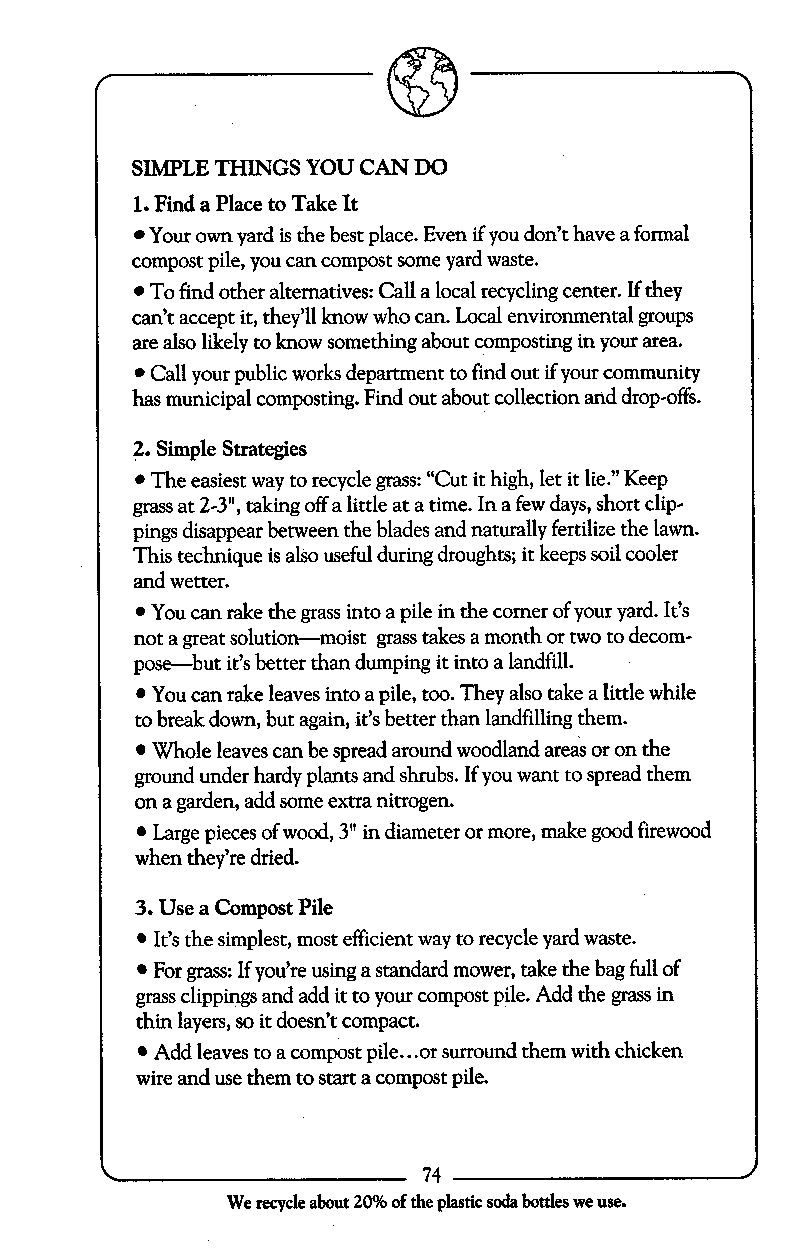
SIMF’LE THINGS YOU CAN DO
 1. Find a Place to Take It
 Your own yard is the best place. Even if you don’t have a formal
 compost pile, you can compost some yard waste.
 To find other alternatives: Call a local recycling center. If they
 can’t accept it, they’ll know who can. Local environmentalg roups
 are also likely to know something about composting in your area.
 Call your public works department to find out if your community
 has municipal composting. Find out about collection and drop-offs.
 2. Simple Strategies
 The easiest way to recycle grass: “Cut it high, let it lie.” Keep
 grass at 2-3”, taking off a little at a time. In a few days, short clip-
 pings disappear between the blades and naturally fertilize the lawn.
 This technique is also useful during droughts; it keeps soil cooler
 and wetter.
 You can rake the grass into a pile in the corner of your yard. It’s
 not a great solution-moist grass takes a month or two to decom-
 pose-but it’s better than dumping it into a landfill.
 You can rake leaves into a pile, too. They also take a little while
 to break down, but again, it’s better than landfilling them.
 Whole leaves can be spread around woodland areas or on the
 ground under hardy plants and shrubs. If you want to spread them
 on a garden, add some extra nitrogen.
 Large pieces of wood, 3” in diameter or more, make good firewood
 when they’re dried.
 3. Use a Compost Pile
 It’s the simplest, most efficient way to recycle yard waste.
 For grass: If you’re using a standard mower, take the bag full of
 grass clippings and add it to your compost pile. Add the grass in
 thin layers, so it doesn’t compact.
 ...
 Add leaves to a compost pile or surround them with chicken
 wire and use them to start a compost pile.
 74
 We recycle about 20%o f the plastic soda bottles we use.